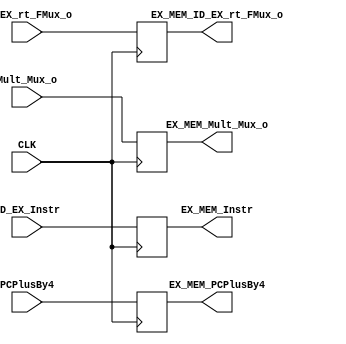
module EX_MEMPplReg(PCPlusBy4,ID_EX_Instr,Mult_Mux_o,ID_EX_rt_FMux_o,
              EX_MEM_PCPlusBy4,EX_MEM_Instr,EX_MEM_Mult_Mux_o,EX_MEM_ID_EX_rt_FMux_o,
              CLK);

        input CLK;
        
        
        input[31:0] PCPlusBy4;
        input[31:0] ID_EX_Instr;
        input[31:0] Mult_Mux_o;
        input[31:0] ID_EX_rt_FMux_o;
        
        
        output[31:0] EX_MEM_PCPlusBy4;
        output[31:0] EX_MEM_Instr;
        output[31:0] EX_MEM_Mult_Mux_o;
        output[31:0] EX_MEM_ID_EX_rt_FMux_o;
        
        reg[31:0] Reg1;
        reg[31:0] Reg2;
        reg[31:0] Reg3;
        reg[31:0] Reg4;
        
        
        assign EX_MEM_PCPlusBy4=Reg1;
        assign EX_MEM_Instr=Reg2;
        assign EX_MEM_Mult_Mux_o=Reg3;      
        assign EX_MEM_ID_EX_rt_FMux_o=Reg4;
        
        
        
        initial
        begin
          Reg1<=0;
          Reg2<=0;
          Reg3<=0;
          Reg4<=0;
          
        
        end
        
        
        always@(posedge CLK)
          begin
            Reg1<=PCPlusBy4;
            Reg2<=ID_EX_Instr;
            Reg3<=Mult_Mux_o;
            Reg4<=ID_EX_rt_FMux_o;
      
          end
endmodule